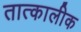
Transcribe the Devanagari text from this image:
तात्‍कालीक